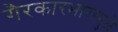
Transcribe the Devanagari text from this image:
गैरकारभारामुळे